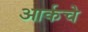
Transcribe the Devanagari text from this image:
आर्कचे